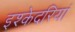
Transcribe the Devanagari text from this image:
इश्केदरियां